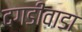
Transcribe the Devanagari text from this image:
दगडीवाडा